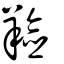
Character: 羷